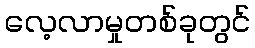
လေ့လာမှုတစ်ခုတွင်